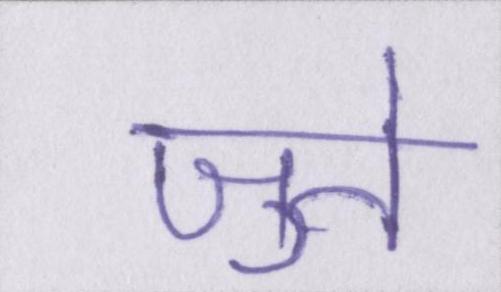
जुते